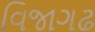
વિજાગઢ